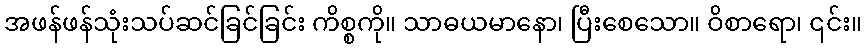
အဖန်ဖန်သုံးသပ်ဆင်ခြင်ခြင်း ကိစ္စကို။ သာဓယမာနော၊ ပြီးစေသော။ ဝိစာရော၊ ၎င်း။